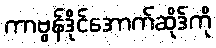
ကာဗွန်ဒိုင်အောက်ဆိုဒ်ကို